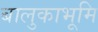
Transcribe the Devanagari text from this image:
बालुकाभूमि